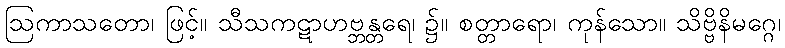
ဩကာသတော၊ ဖြင့်။ သီသကဋာဟဗ္ဘန္တရေ၊ ၌။ စတ္တာရော၊ ကုန်သော။ သိဗ္ဗိနိမဂ္ဂေ၊